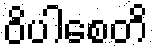
ဝိပါစေတိ